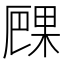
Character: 𠪧